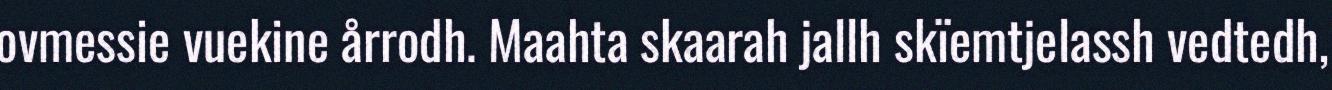
ovmessie vuekine årrodh. Maahta skaarah jallh skïemtjelassh vedtedh,